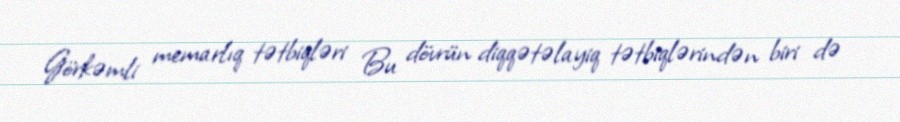
Görkəmli memarlıq tətbiqləri Bu dövrün diqqətəlayiq tətbiqlərindən biri də